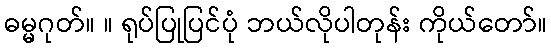
ဓမ္မဂုတ်။ ။ ရုပ်ပြုပြင်ပုံ ဘယ်လိုပါတုန်း ကိုယ်တော်။